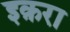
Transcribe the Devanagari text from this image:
इक़रा